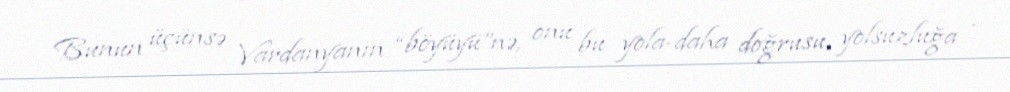
Bunun üçünsə Vardanyanın “böyüyü”nə, onu bu yola-daha doğrusu, yolsuzluğa -